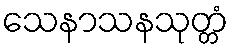
သေနာသနသုတ္တံ